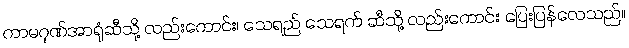
ကာမဂုဏ်အာရုံဆီသို့ လည်းကောင်း၊ သေရည် သေရက် ဆီသို့ လည်းကောင်း ပြေးပြန်လေသည်။